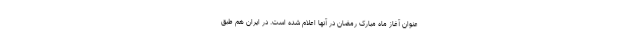
عنوان آغاز ماه مبارک رمضان در آنها اعلام شده است. در ایران هم طبق